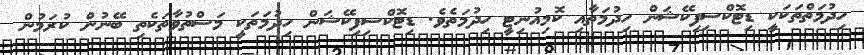
ހިދުމަތްތަކަކީ ޑިޓޮކްސިފިކޭޝަން ހިދުމަތާއި ކޮމިއުނިޓީ ހިދުމަތެވެ. ޑިޓޮކްސިފިކޭޝަން ހިދުމަތަކީ މަސްތުވާތަކެތި ބޭނުން ކުރަމުން